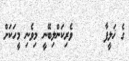
ގެ ޚަލީފާ      ވެރިކަންލިބޭނީ މިވެނި މީހަކަށް